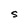
Character: S